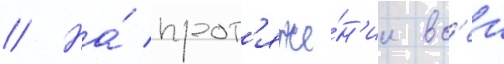
// На́ прот'яже́н'ии вс'еи